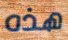
هذه